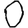
Digit: 0